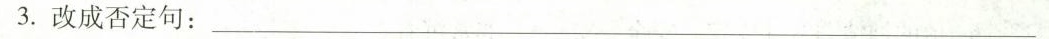
3.改成否定句：___